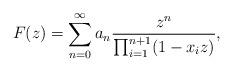
LaTeX: \begin{align*} F(z)=\sum_{n=0}^\infty a_n\frac{z^n}{\prod_{i=1}^{n+1}(1-x_iz)},\end{align*}